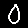
Digit: 0